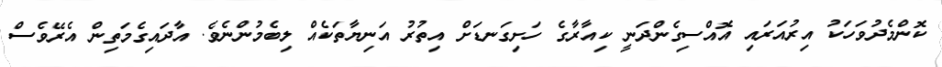
ކޮންމެދުވަހަކު އިރުއަރައި އޮއްސިގެންދަނީ ކިއާރާގެ ހަށިގަނޑަށް އިތުރު އަނިޔާތަކެއް ލިބެމުންނެވެ. އާދައިގެމަތިން އެރޭވެސް